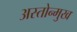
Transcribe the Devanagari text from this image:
अस्तोन्मुख